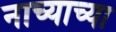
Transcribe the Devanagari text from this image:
नाच्याच्या